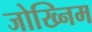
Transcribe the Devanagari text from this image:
जोख्निम